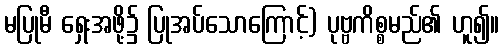
မပြုမီ ရှေးအဖို့၌ ပြုအပ်သောကြောင့်) ပုဗ္ဗကိစ္စမည်၏ ဟူ၍။